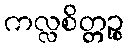
ကလ္လစိတ္တဉ္စ